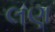
લણ